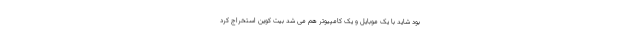
بود شاید با یک موبایل و یک کامپیوتر هم می شد بیت کوین استخراج کرد